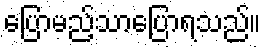
ပြောမည့်သာပြောရသည်။